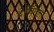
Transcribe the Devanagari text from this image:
थे।पिंगला